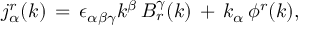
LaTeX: j _ { \alpha } ^ { r } ( k ) \, = \, \epsilon _ { \alpha \beta \gamma } k ^ { \beta } \, B _ { r } ^ { \gamma } ( k ) \, + \, k _ { \alpha } \, \phi ^ { r } ( k ) ,